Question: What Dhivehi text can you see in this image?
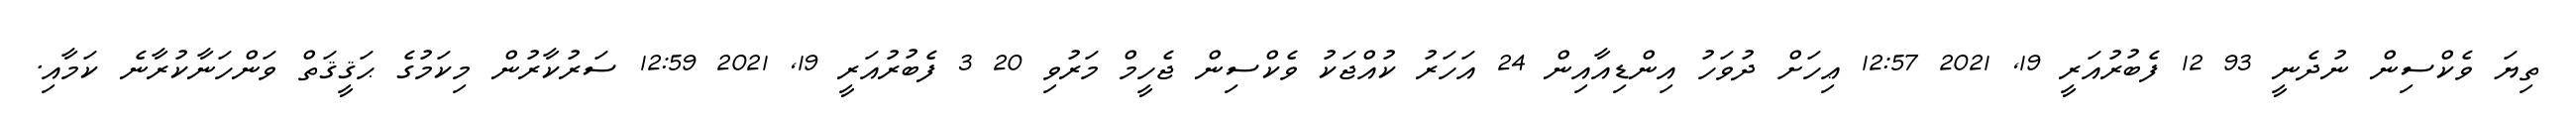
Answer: ތިޔަ ވެކްސިން ނުދެނީ 93 12 ފެބުރުއަރީ 19, 2021 12:57 ޢިހަށް ދުވަހު އިންޑިއާއިން 24 އަހަރު ކުއްޖަކު ވެކްސިން ޖެހީމް މަރުވި 20 3 ފެބުރުއަރީ 19, 2021 12:59 ސަރުކާރުން މިކަމުގެ ޙަޤީޤަތް ވަންހަނާކުރާނެ ކަމާއި.